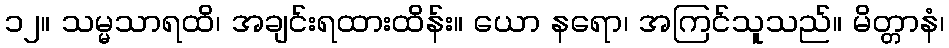
၁၂။ သမ္မသာရထိ၊ အချင်းရထားထိန်း။ ယော နရော၊ အကြင်သူသည်။ မိတ္တာနံ၊